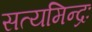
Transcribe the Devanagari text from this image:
सत्यमिन्द्रः